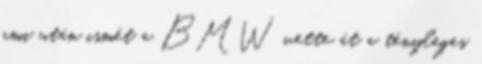
ami után ismét a BMW vette át a tényleges